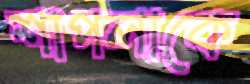
শাপলাকে